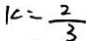
k = \frac { 2 } { 3 }